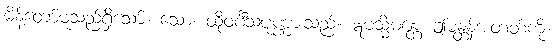
မိန့်တော်မူသည်ရှိသော်။ သော၊ ထိုဝင်္ဂီသပုဏ္ဏားသည်။ ဣမသ္မိံမန္တေ၊ ဤမန္တန်အတတ်ကို။